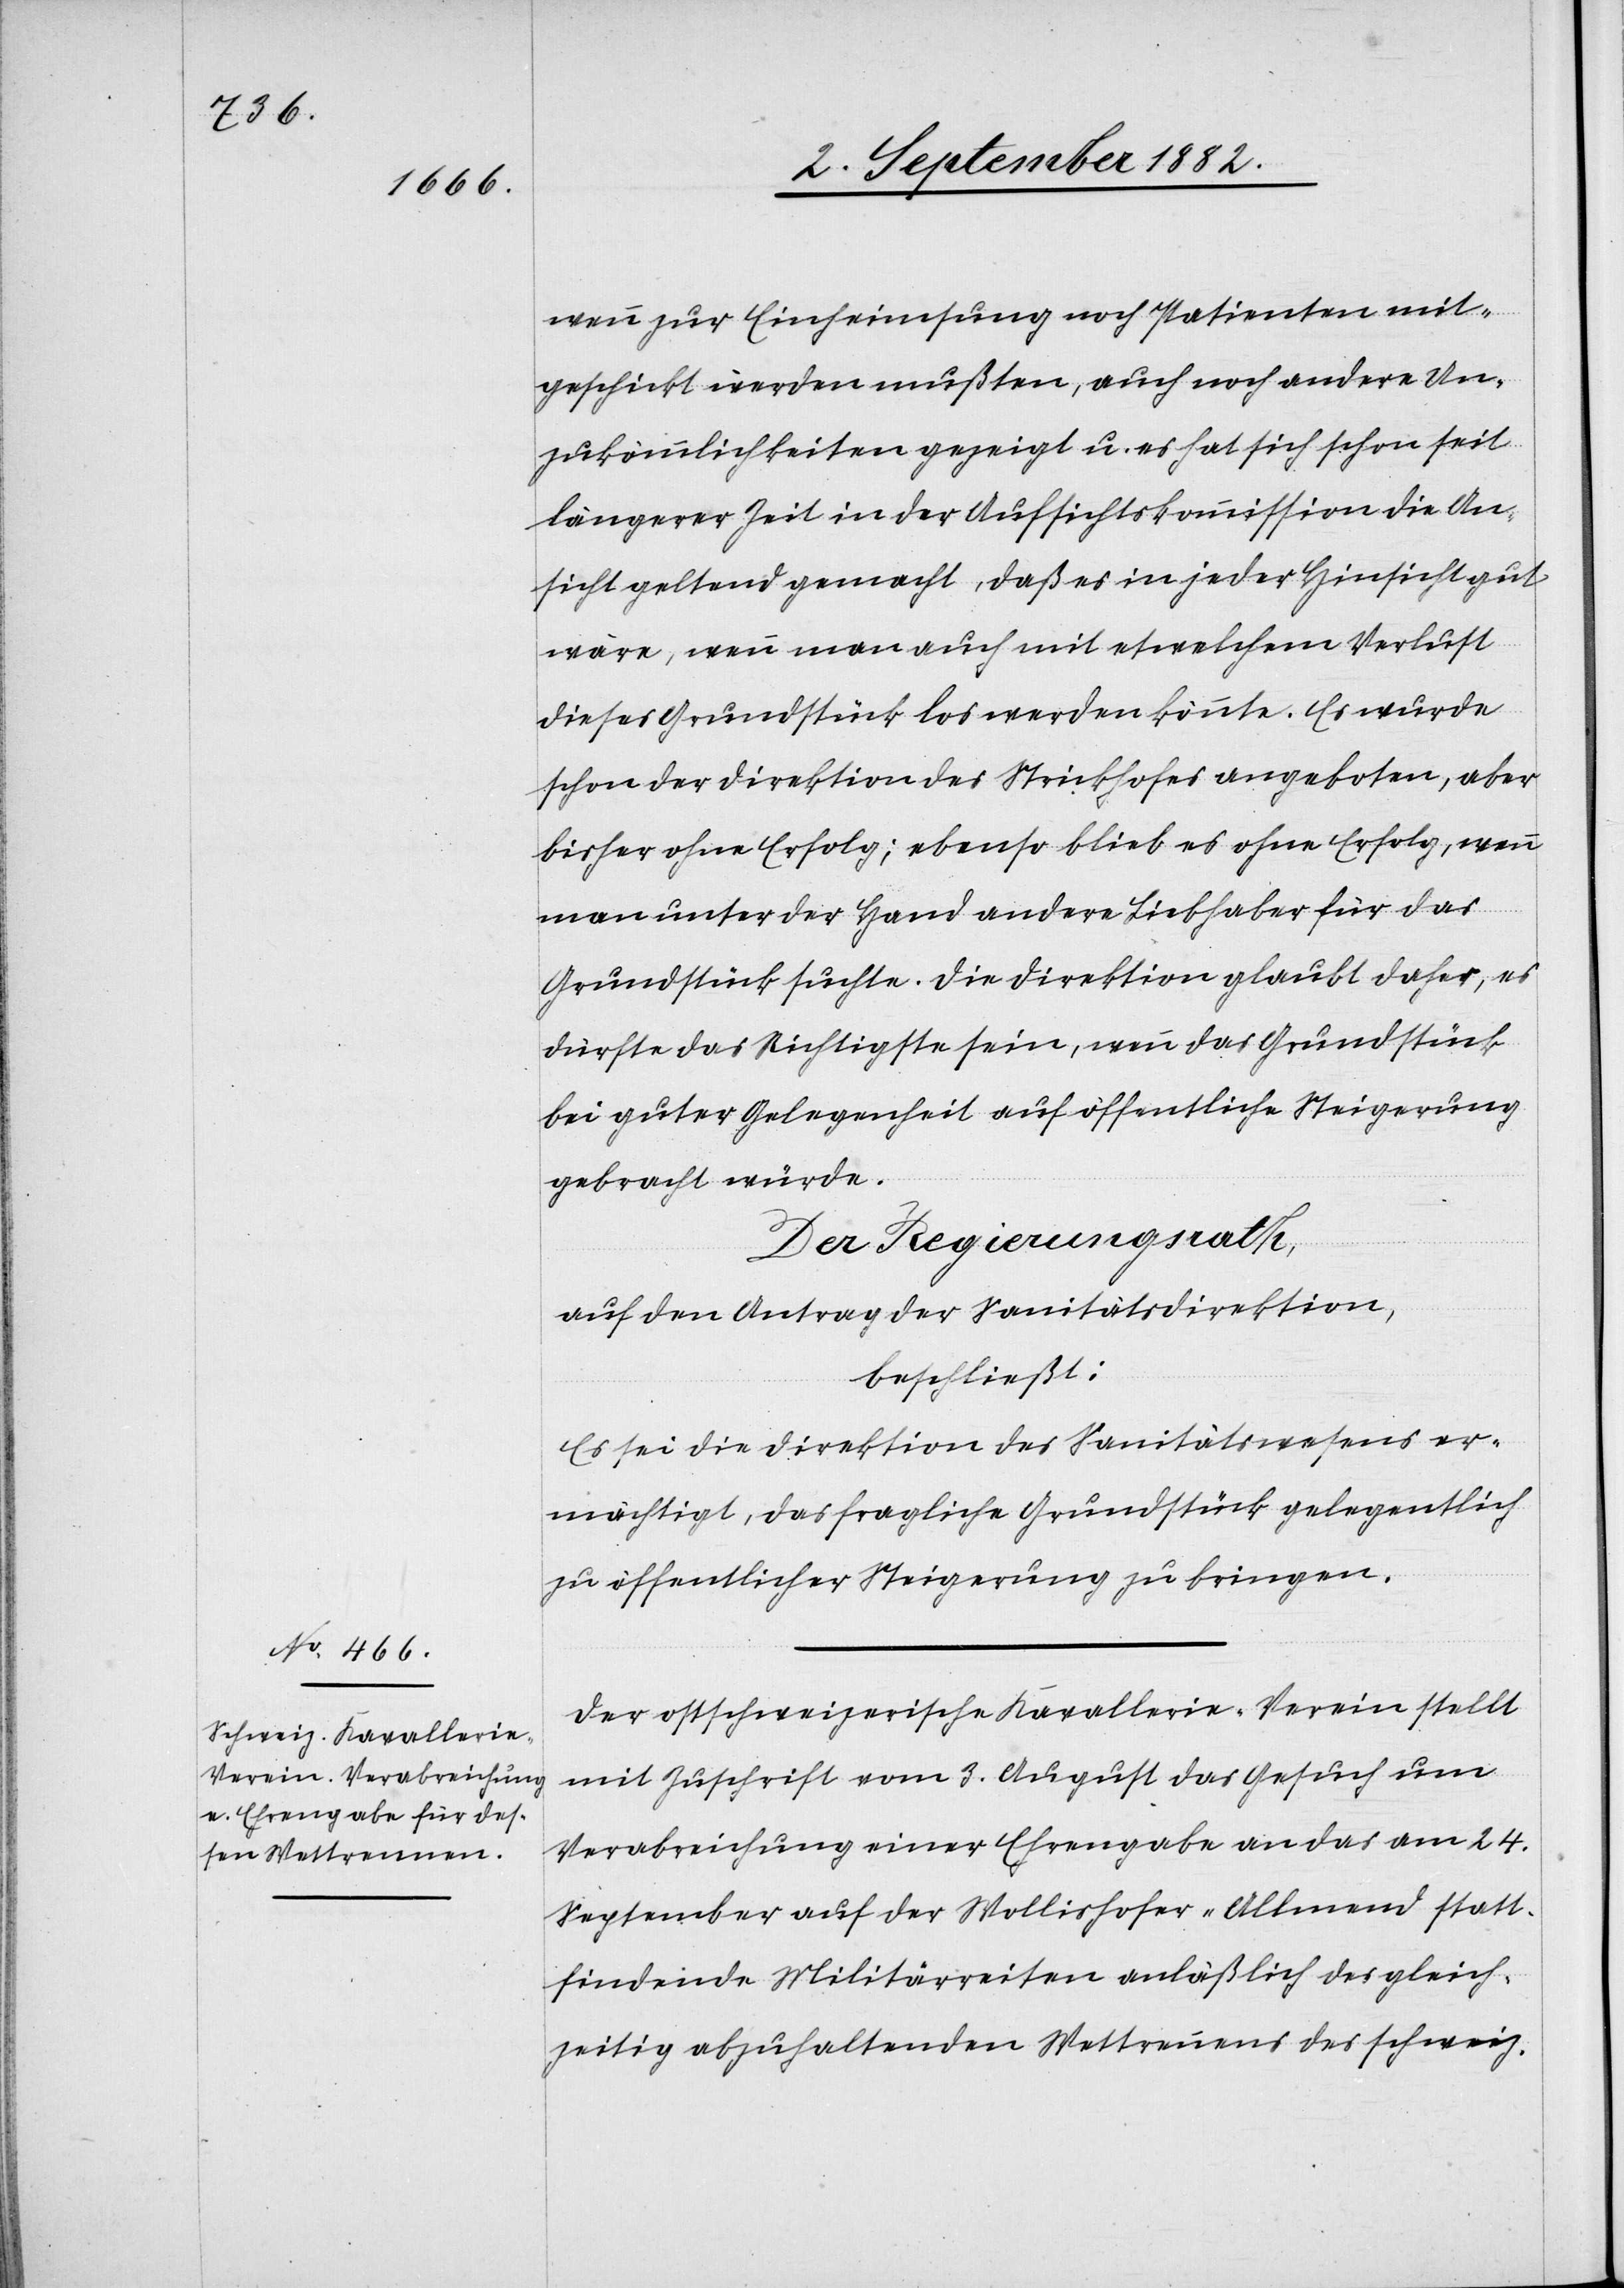
wenn zur Einheimsung noch Patienten mit¬
geschickt werden mußten, auch noch andere Un¬
zukömmlichkeiten gezeigt u. es hat sich schon seit
längerer Zeit in der Aufsichtskommission die An¬
sicht geltend gemacht, daß es in jeder Hinsicht gut
wäre, wenn man auch mit etwelchem Verlust
dieses Grundstück los werden könnte. Es wurde
schon der Direktion des Strickhofes angeboten, aber
bisher ohne Erfolg; ebenso blieb es ohne Erfolg, wenn
man unter der Hand andere Liebhaber für das
Grundstück suchte. Die Direktion glaubt daher, es
dürfte das Richtigste sein, wenn das Grundstück
bei guter Gelegenheit auf öffentliche Steigerung
gebracht würde.
Der Regierungsrath,
auf den Antrag der Sanitätsdirektion,
beschließt:
Es sei die Direktion des Sanitätswesens er¬
mächtigt, das fragliche Grundstück gelegentlich
zu öffentlicher Steigerung zu bringen.
Der ostschweizerische Kavallerie-Verein stellt
mit Zuschrift vom 3. August das Gesuch um
Verabreichung einer Ehrengabe an das am 24.
September auf der Wollishofer-Allmend statt¬
findende Militärreiten anläßlich des gleich¬
zeitig abzuhaltenden Wettrennens des schweiz.